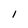
Character: 1